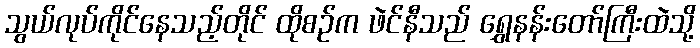
သွယ်လုပ်ကိုင်နေသည့်တိုင် ထိုစဉ်က ဖဲင်နီသည် ရွှေနန်းတော်ကြီးထဲသို့